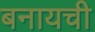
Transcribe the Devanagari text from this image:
बनायची